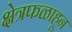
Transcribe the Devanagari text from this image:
क्षेत्रफळाहून